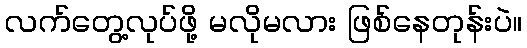
လက်တွေ့လုပ်ဖို့ မလိုမလား ဖြစ်နေတုန်းပဲ။